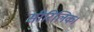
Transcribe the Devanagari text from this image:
सीरिलिक।